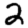
Digit: 2